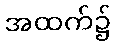
အထက်၌